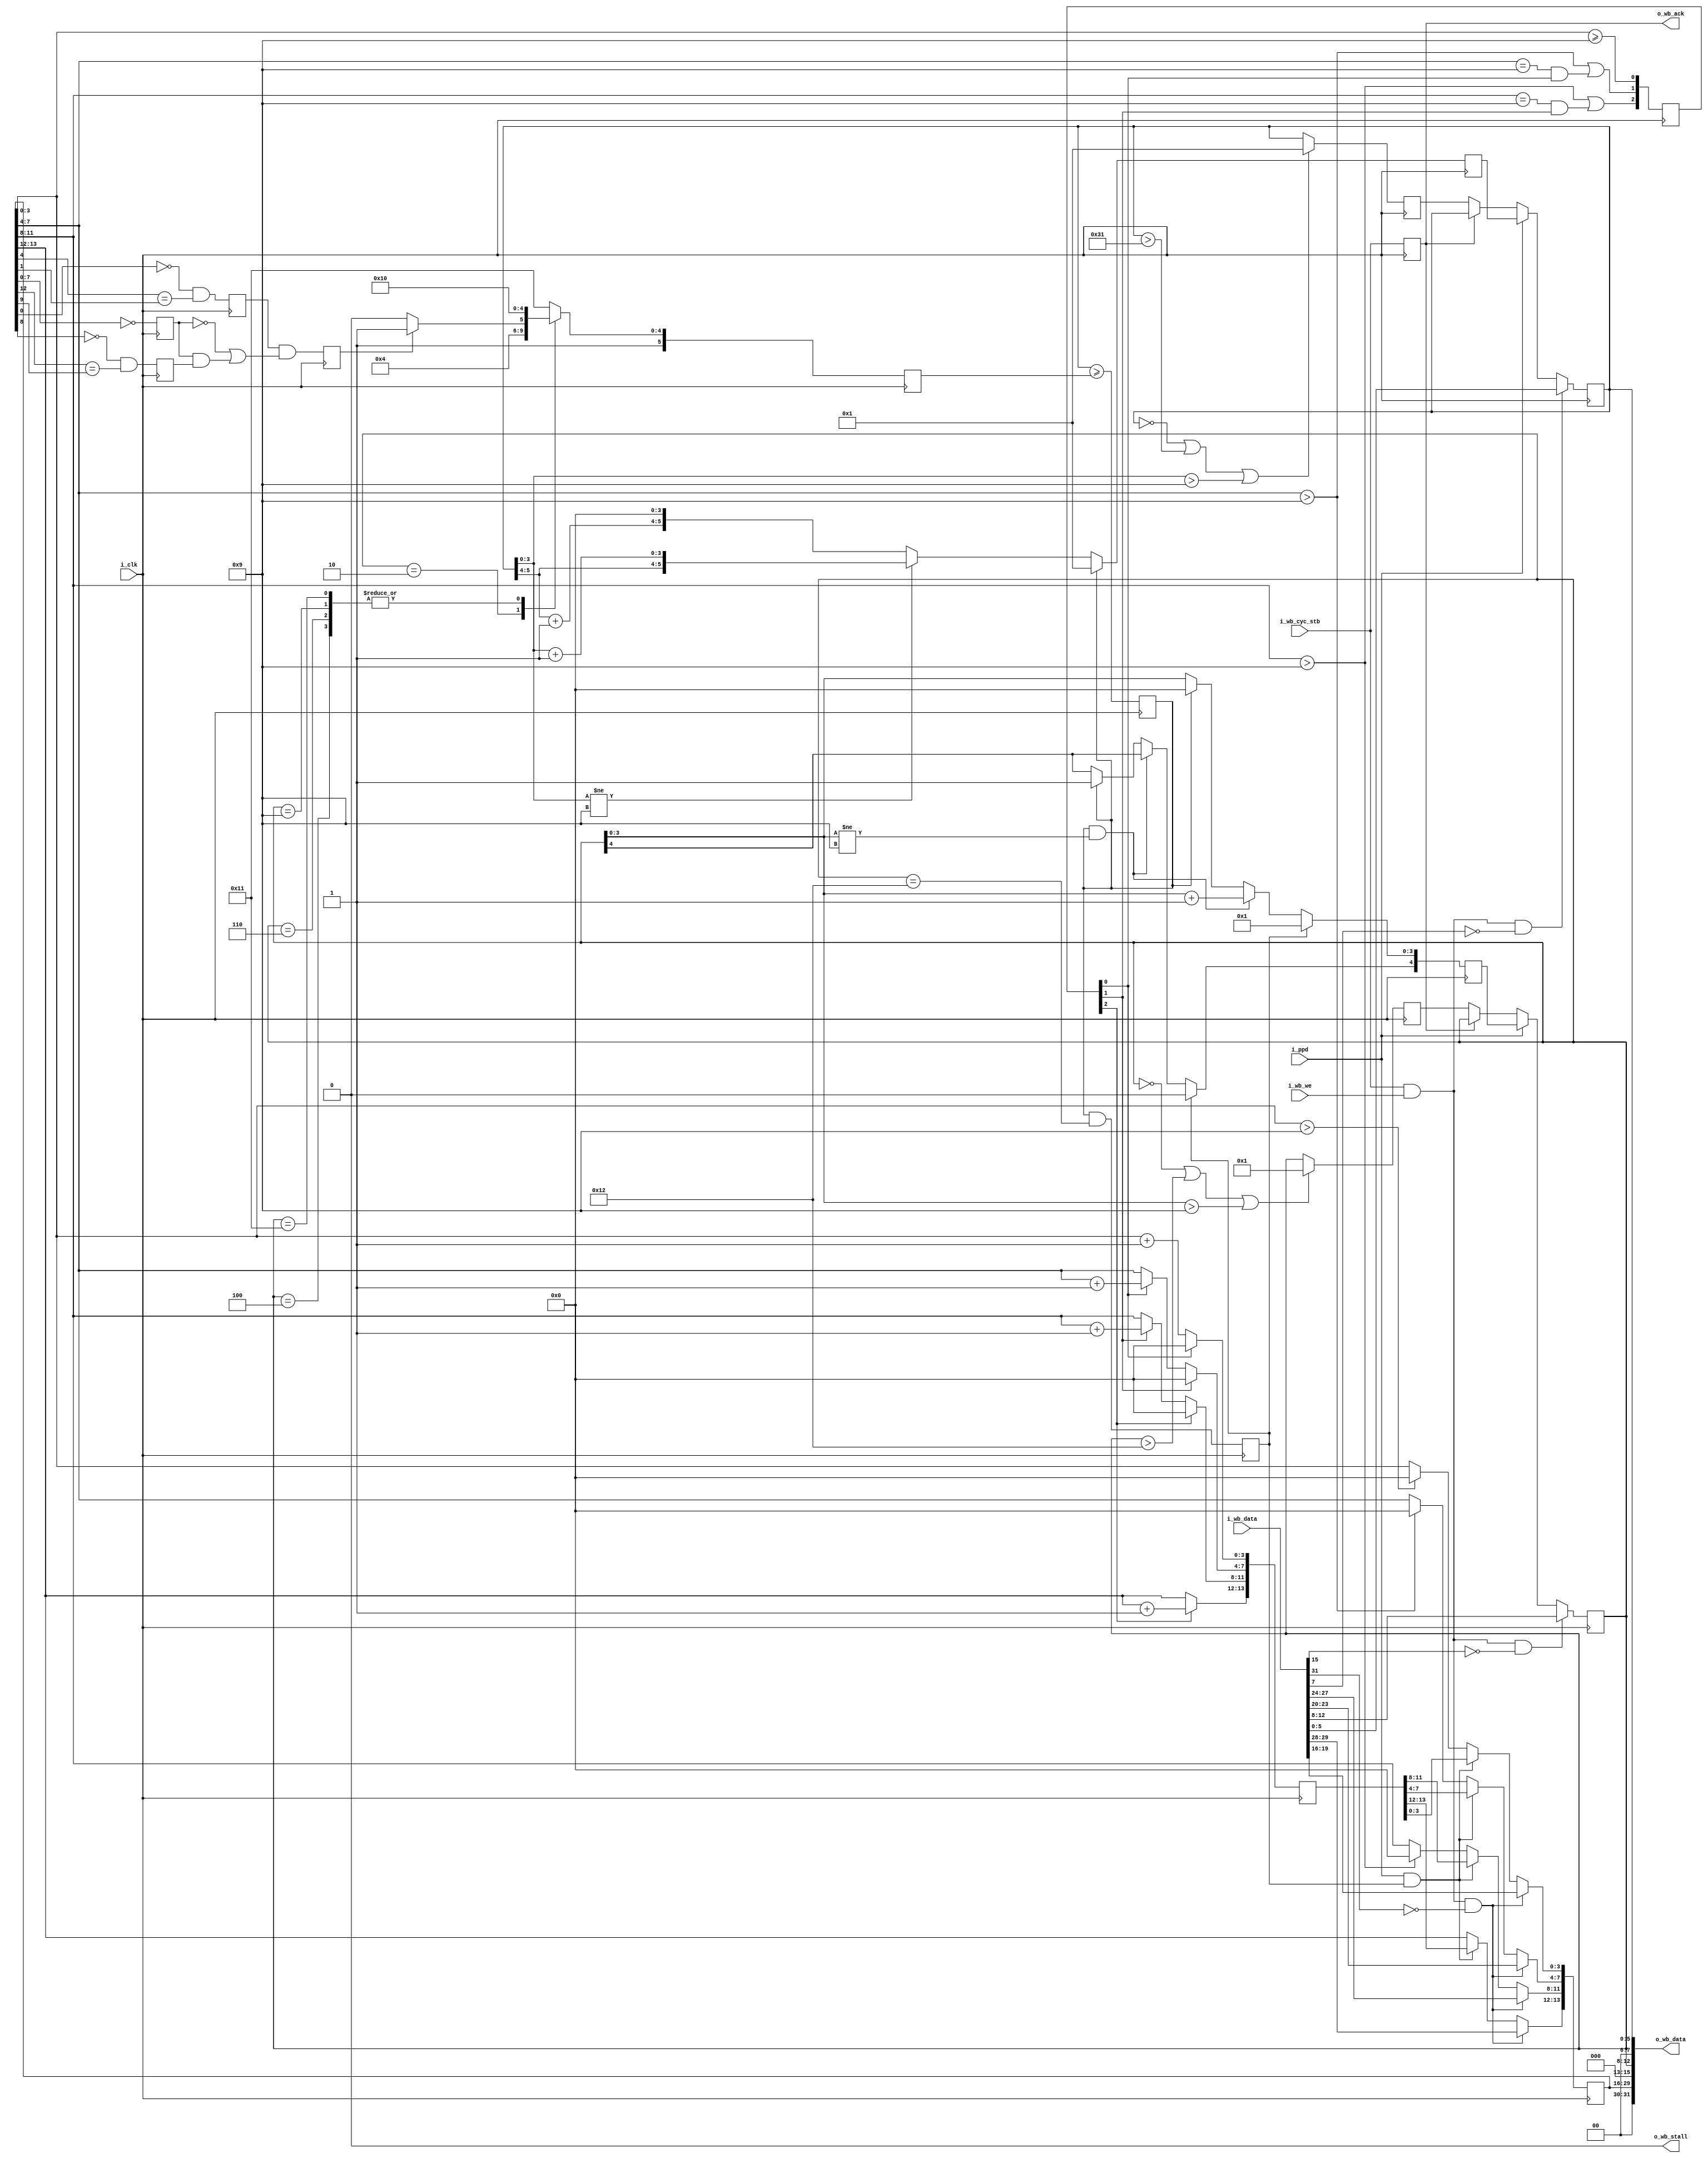
////////////////////////////////////////////////////////////////////////////////
//
//
// Project:	A Wishbone Controlled Real--time Clock Core
//
// Purpose:
//	This core provides a real-time date function that can be coupled with
//	a real-time clock.  The date provided is in Binary Coded Decimal (bcd)
//	form, and available for reading and writing over the Wishbone Bus.
//
// WARNING: Race conditions exist when updating the date across the Wishbone
//	bus at or near midnight.  (This should be obvious, but it bears
//	stating.)  Specifically, if the update command shows up at the same
//	clock as the ppd clock, then the ppd clock will be ignored and the 
//	new date will be the date of the day following midnight.  However,
// 	if the update command shows up one clock before the ppd, then the date
//	may be updated, but may have problems dealing with the last day of the
//	month or year.  To avoid race conditions, update the date sometime
//	after the stroke of midnight and before 5 clocks before the next
// 	midnight.  If you are concerned that you might hit a race condition, 
//	just read the clock again (5+ clocks later) to make certain you set 
//	it correctly.
//
//
// Creator:	Dan Gisselquist, Ph.D.
//		Gisselquist Technology, LLC
//
////////////////////////////////////////////////////////////////////////////////
//
// Copyright (C) 2015-2017, Gisselquist Technology, LLC
//
// This program is free software (firmware): you can redistribute it and/or
// modify it under the terms of  the GNU General Public License as published
// by the Free Software Foundation, either version 3 of the License, or (at
// your option) any later version.
//
// This program is distributed in the hope that it will be useful, but WITHOUT
// ANY WARRANTY; without even the implied warranty of MERCHANTIBILITY or
// FITNESS FOR A PARTICULAR PURPOSE.  See the GNU General Public License
// for more details.
//
// You should have received a copy of the GNU General Public License along
// with this program.  (It's in the $(ROOT)/doc directory.  Run make with no
// target there if the PDF file isn't present.)  If not, see
// <http://www.gnu.org/licenses/> for a copy.
//
// License:	GPL, v3, as defined and found on www.gnu.org,
//		http://www.gnu.org/licenses/gpl.html
//
//
////////////////////////////////////////////////////////////////////////////////
//
//
`default_nettype	none
//
module rtcdate(i_clk, i_ppd, i_wb_cyc_stb, i_wb_we, i_wb_data,
		o_wb_ack, o_wb_stall, o_wb_data);
	input	wire	i_clk;
	// A one part per day signal, i.e. basically a clock enable line that
	// controls when the beginning of the day happens.  This line should
	// be high on the very last second of any day in order for the rtcdate
	// module to always have the right date.
	input	wire	i_ppd;
	// Wishbone inputs
	input	wire		i_wb_cyc_stb, i_wb_we;
	input	wire	[31:0]	i_wb_data;
	// Wishbone outputs
	output	reg	o_wb_ack;
	output	wire	o_wb_stall;
	output	wire	[31:0]	o_wb_data;


	reg	[5:0]	r_day;
	reg	[4:0]	r_mon;
	reg	[13:0]	r_year;

	reg	last_day_of_month, last_day_of_year, is_leap_year;
	reg	[5:0]	days_per_month;
	initial	days_per_month = 6'h31; // Remember, this is BCD
	always @(posedge i_clk)
	begin // Clock 3
		case(r_mon)
		5'h01: days_per_month <= 6'h31; // Jan
		5'h02: days_per_month <= (is_leap_year)? 6'h29:6'h28;
		5'h03: days_per_month <= 6'h31; // March
		5'h04: days_per_month <= 6'h30; // April
		5'h05: days_per_month <= 6'h31; // May
		5'h06: days_per_month <= 6'h30; // June
		5'h07: days_per_month <= 6'h31; // July
		5'h08: days_per_month <= 6'h31; // August
		5'h09: days_per_month <= 6'h30; // Sept
		5'h10: days_per_month <= 6'h31; // October
		5'h11: days_per_month <= 6'h30; // November
		5'h12: days_per_month <= 6'h31; // December
		default: days_per_month <= 6'h31; // Invalid month
		endcase
	end
	initial	last_day_of_month = 1'b0;
	always @(posedge i_clk) // Clock 4
		last_day_of_month <= (r_day >= days_per_month);
	initial	last_day_of_year = 1'b0;
	always @(posedge i_clk) // Clock 5
		last_day_of_year <= (last_day_of_month) && (r_mon == 5'h12);

	reg	year_divisible_by_four, century_year, four_century_year;
	always @(posedge i_clk) // Clock 1
		year_divisible_by_four<= ((~r_year[0])&&(r_year[4]==r_year[1]));
	always @(posedge i_clk) // Clock 1
		century_year <= (r_year[7:0] == 8'h00);
	always @(posedge i_clk) // Clock 1
		four_century_year <= ((~r_year[8])&&((r_year[12]==r_year[9])));
	always @(posedge i_clk) // Clock 2
		is_leap_year <= (year_divisible_by_four)&&((~century_year)
			||((century_year)&&(four_century_year)));


	// Adjust the day of month
	reg	[5:0]	next_day, fixd_day;
	always @(posedge i_clk)
		if (last_day_of_month)
			next_day <= 6'h01;
		else if (r_day[3:0] != 4'h9)
			next_day <= { r_day[5:4], (r_day[3:0]+4'h1) };
		else
			next_day <= { (r_day[5:4]+2'h1), 4'h0 };
	always @(posedge i_clk)
		if ((r_day == 0)||(r_day > 6'h31)||(r_day[3:0] > 4'h9))
			fixd_day <= 6'h01;
		else
			fixd_day <= r_day;

	initial	r_day = 6'h01;
	always @(posedge i_clk)
	begin // Depends upon 9 inputs
		if (i_ppd)
			r_day <= next_day;
		else if (~o_wb_ack)
			r_day <= fixd_day;

		if ((i_wb_cyc_stb)&&(i_wb_we)&&(~i_wb_data[7]))
			r_day <= i_wb_data[5:0];
	end

	// Adjust the month of the year
	reg	[4:0]	next_mon, fixd_mon;
	always @(posedge i_clk)
		if (last_day_of_year)
			next_mon <= 5'h01;
		else if ((last_day_of_month)&&(r_mon[3:0] != 4'h9))
			next_mon <= { r_mon[4], (r_mon[3:0] + 4'h1) };
		else if (last_day_of_month)
		begin
			next_mon[3:0] <= 4'h0;
			next_mon[4] <= 1;
		end else
			next_mon <= r_mon;
		
	always @(posedge i_clk)
		if ((r_mon == 0)||(r_mon > 5'h12)||(r_mon[3:0] > 4'h9))
			fixd_mon <= 5'h01;
		else
			fixd_mon <= r_mon;
	initial	r_mon = 5'h01;
	always @(posedge i_clk)
	begin // Depeds upon 9 inputs
		if (i_ppd)
			r_mon <= next_mon;
		else if (~o_wb_ack)
			r_mon <= fixd_mon;

		if ((i_wb_cyc_stb)&&(i_wb_we)&&(!i_wb_data[15]))
			r_mon <= i_wb_data[12:8];
	end

	// Adjust the year
	reg	[13:0]	next_year;
	reg	[2:0]	next_year_c;
	always @(posedge i_clk)
	begin // Takes 5 clocks to propagate
		next_year_c[0] <= (r_year[ 3: 0]>=4'h9);
		next_year_c[1] <= (r_year[ 7: 4]>4'h9)||((r_year[ 7: 4]==4'h9)&&(next_year_c[0]));
		next_year_c[2] <= (r_year[11: 8]>4'h9)||((r_year[11: 8]==4'h9)&&(next_year_c[1]));
		next_year[ 3: 0] <= (next_year_c[0])? 4'h0:(r_year[ 3: 0]+4'h1);
		next_year[ 7: 4] <= (next_year_c[1])? 4'h0:
					(next_year_c[0])?(r_year[ 7: 4]+4'h1)
					: (r_year[7:4]);
		next_year[11: 8] <= (next_year_c[2])? 4'h0:
					(next_year_c[1])?(r_year[11: 8]+4'h1)
					: (r_year[11: 8]);
		next_year[13:12] <= (next_year_c[2])?(r_year[13:12]+2'h1):r_year[13:12];
	end

	initial	r_year = 14'h2000;
	always @(posedge i_clk)
	begin // 11 inputs
		// Deal with any out of bounds conditions
		if (r_year[3:0] > 4'h9)
			r_year[3:0] <= 4'h0;
		if (r_year[7:4] > 4'h9)
			r_year[7:4] <= 4'h0;
		if (r_year[11:8] > 4'h9)
			r_year[11:8] <= 4'h0;
		if ((i_ppd)&&(last_day_of_year))
			r_year <= next_year;

		if ((i_wb_cyc_stb)&&(i_wb_we)&&(!i_wb_data[31]))
			r_year <= i_wb_data[29:16];
	end

	always @(posedge i_clk)
		o_wb_ack <= (i_wb_cyc_stb);
	assign	o_wb_stall = 1'b0;
	assign	o_wb_data = { 2'h0, r_year, 3'h0, r_mon, 2'h0, r_day };

	// Make verilator happy
	// verilator lint_off UNUSED
	wire	[3:0]	unused;
	assign unused = { i_wb_data[30], i_wb_data[14:13], i_wb_data[6] };
	// verilator lint_on  UNUSED
endmodule